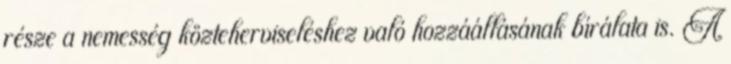
része a nemesség közteherviseléshez való hozzáállásának bírálata is. A